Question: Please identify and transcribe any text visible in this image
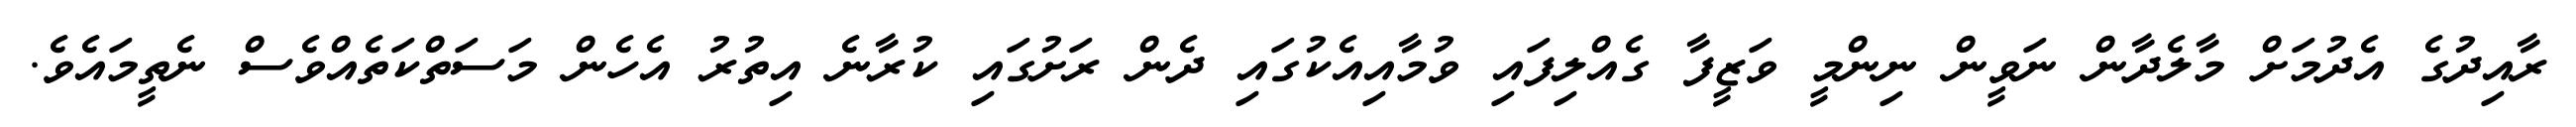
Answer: ރާއިދުގެ އެދުމަށް މާލެދާން ނަވީން ނިންމީ ވަޒީފާ ގެއްލިފައި ވުމާއިއެކުގައި ދެން ރަށުގައި ކުރާނެ އިތުރު އެހެން މަސަތްކަތެއްވެސް ނެތީމައެވެ.